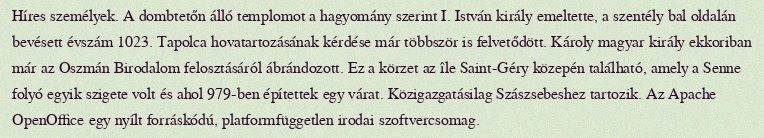
Híres személyek. A dombtetőn álló templomot a hagyomány szerint I. István király emeltette, a szentély bal oldalán bevésett évszám 1023. Tapolca hovatartozásának kérdése már többször is felvetődött. Károly magyar király ekkoriban már az Oszmán Birodalom felosztásáról ábrándozott. Ez a körzet az île Saint-Géry közepén található, amely a Senne folyó egyik szigete volt és ahol 979-ben építettek egy várat. Közigazgatásilag Szászsebeshez tartozik. Az Apache OpenOffice egy nyílt forráskódú, platformfüggetlen irodai szoftvercsomag.